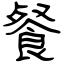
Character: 餐